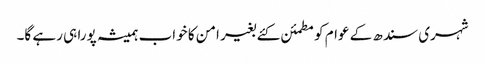
شہری سندھ کے عوام کو مطمئن کئے بغیر امن کا خواب ہمیشہ پورا ہی رہے گا۔